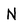
Character: N